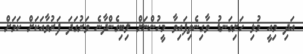
އަދި މިއީ މުޅި ހަށިގަނޑު ވާގިނެތިފައިވާ މީހުންނަށް ލިބިގެންދާނެ ވަރުގަދަ ފަރުވާއަކަށް ކަމަށް